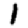
Digit: 1